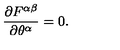
{ \frac { \partial F ^ { \alpha \beta } } { \partial \theta ^ { \alpha } } } = 0 .